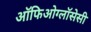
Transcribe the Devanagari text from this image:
ऑफिओग्लॉसेसी